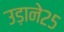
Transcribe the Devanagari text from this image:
उड़ाने२५